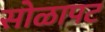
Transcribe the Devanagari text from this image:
सोळापट